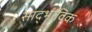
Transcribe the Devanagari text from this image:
साद्भाविक